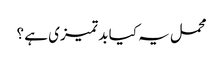
محمل یہ کیا بد تمیزی ہے ؟